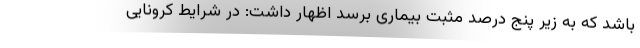
باشد که به زیر پنج درصد مثبت بیماری برسد اظهار داشت: در شرایط کرونایی